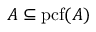
A \subseteq \mathrm { { p c f } } ( A )